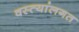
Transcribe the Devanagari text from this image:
वस्त्यांलगत